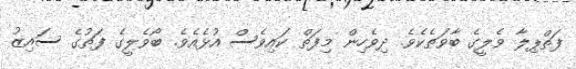
ފަތްޕިލާ ވެލީގެ ބާވަތެކެވެ. ދިވެހިން މިފަތް ކައިވެސް އުޅެއެވެ. ބޯވެލީގެ ފަތުގެ ސައިޒު